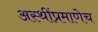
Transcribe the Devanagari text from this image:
अस्थींप्रमाणेच